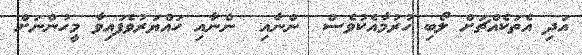
އަދި އެތަކެއްޗަށް ލޯބި ހުރުމާއެކުވެސް  ންނާއި  ންނާއި ހައްޔަރުވެފައިވާ މީހުންނަށް